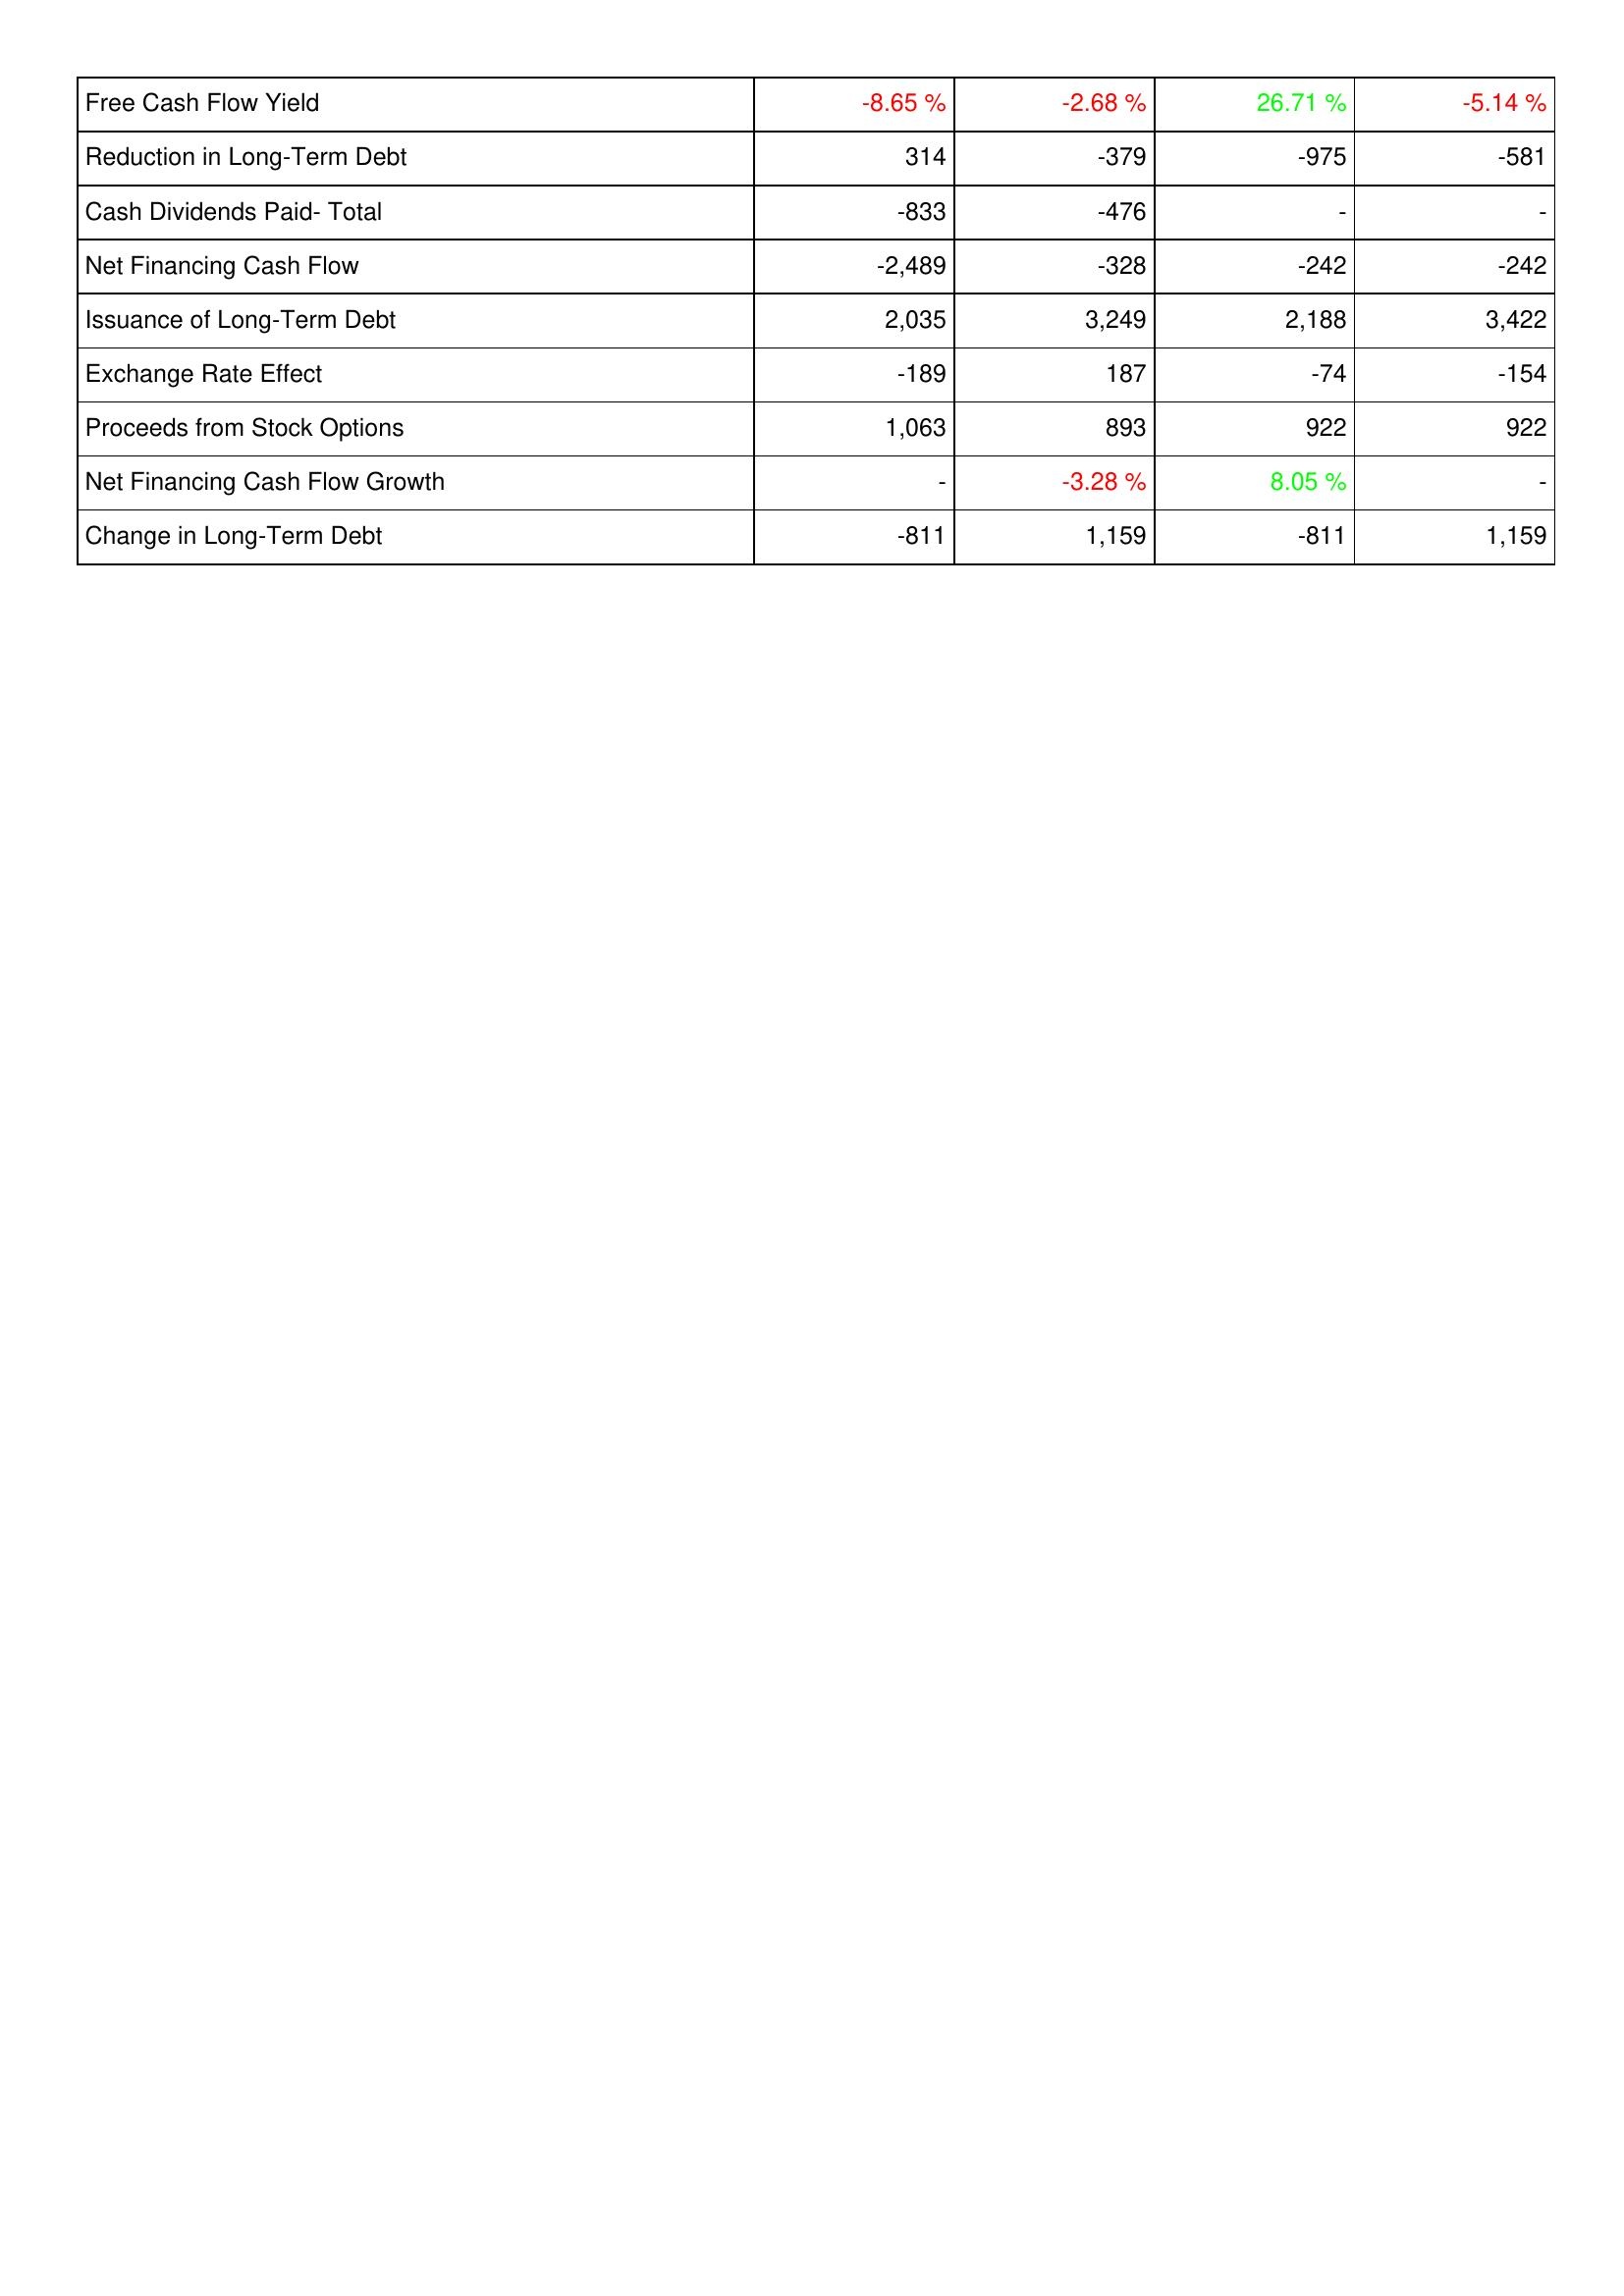
2014: Financing Activities: Free Cash Flow Yield: -8.65 %
Reduction in Long-Term Debt: 314
Cash Dividends Paid- Total: -833
Net Financing Cash Flow: -2,489
Issuance of Long-Term Debt: 2,035
Exchange Rate Effect: -189
Proceeds from Stock Options: 1,063
Net Financing Cash Flow Growth: -
Change in Long-Term Debt: -811
2013: Financing Activities: Free Cash Flow Yield: -2.68 %
Reduction in Long-Term Debt: -379
Cash Dividends Paid- Total: -476
Net Financing Cash Flow: -328
Issuance of Long-Term Debt: 3,249
Exchange Rate Effect: 187
Proceeds from Stock Options: 893
Net Financing Cash Flow Growth: -3.28 %
Change in Long-Term Debt: 1,159
2012: Financing Activities: Free Cash Flow Yield: 26.71 %
Reduction in Long-Term Debt: -975
Cash Dividends Paid- Total: -
Net Financing Cash Flow: -242
Issuance of Long-Term Debt: 2,188
Exchange Rate Effect: -74
Proceeds from Stock Options: 922
Net Financing Cash Flow Growth: 8.05 %
Change in Long-Term Debt: -811
2011: Financing Activities: Free Cash Flow Yield: -5.14 %
Reduction in Long-Term Debt: -581
Cash Dividends Paid- Total: -
Net Financing Cash Flow: -242
Issuance of Long-Term Debt: 3,422
Exchange Rate Effect: -154
Proceeds from Stock Options: 922
Net Financing Cash Flow Growth: -
Change in Long-Term Debt: 1,159